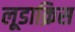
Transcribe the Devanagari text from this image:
लूडाक्रिस